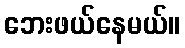
ဘေးဖယ်နေမယ်။